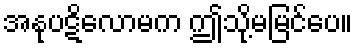
အနုပဋိလောမက ဤသို့မမြင်ပေ။